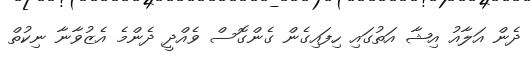
ދެން އަލާއު އިޝާ އަތުގައި ހިފައިގެން ގެންގޮސް ވެއްދީ ދެންމެ އެޒުވާނާ ނިކުތް